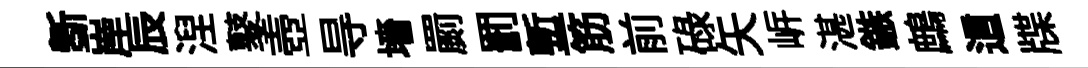
斵岸辰湼鼕壺㝵墻罽罰塹筋前碌矢㟁湛鏃鷓這牒